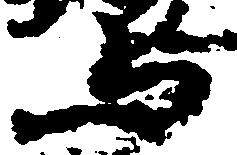
与